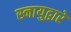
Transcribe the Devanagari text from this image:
स्नायुद्वारे